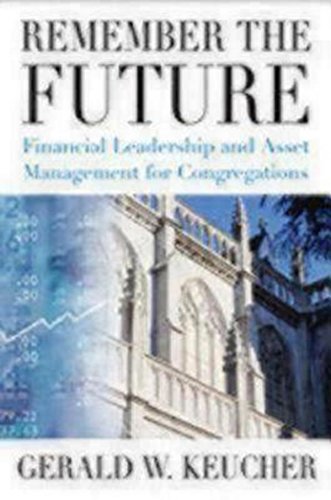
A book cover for Remember the Future: Financial Leadership and Asset Management for Congregations; Gerald W. Keucher; Christian Books & Bibles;